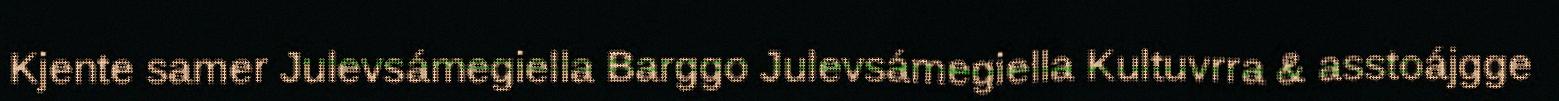
Kjente samer Julevsámegiella Barggo Julevsámegiella Kultuvrra & asstoájgge